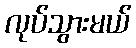
လုပ်သွားမယ်